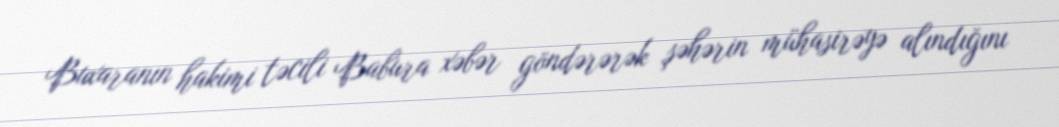
Buxaranın hakimi təcili Babura xəbər göndərərək şəhərin mühasirəyə alındığını